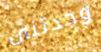
وجدتنى